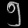
Digit: ၅